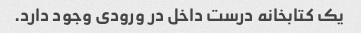
یک کتابخانه درست داخل در ورودی وجود دارد.